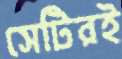
সেটিরই